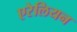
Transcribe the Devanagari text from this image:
एरेलियन